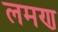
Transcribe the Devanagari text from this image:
लमण